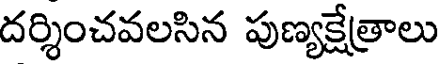
దర్శించవలసిన పుణ్యక్షేత్రాలు